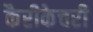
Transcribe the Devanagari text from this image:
कैरीकेचरी